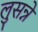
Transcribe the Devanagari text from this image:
लुसन्ने